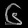
Digit: ၆